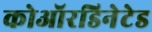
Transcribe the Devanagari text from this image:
कोऑरडिनेटेड